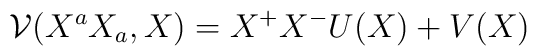
\mathcal{V}(X^a X_a, X) = X^+X^- U(X) +V(X)